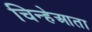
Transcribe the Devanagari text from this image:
चिन्हेआता